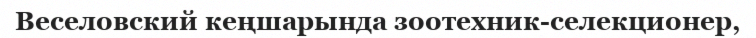
Веселовский кеңшарында зоотехник-селекционер,